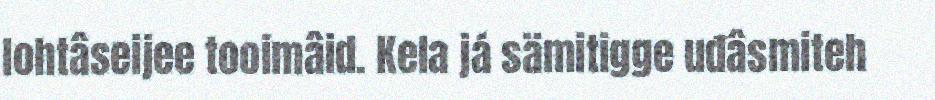
lohtâseijee tooimâid. Kela já sämitigge uđâsmiteh